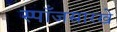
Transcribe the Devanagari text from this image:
स्पाँजसारखे